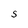
Character: S